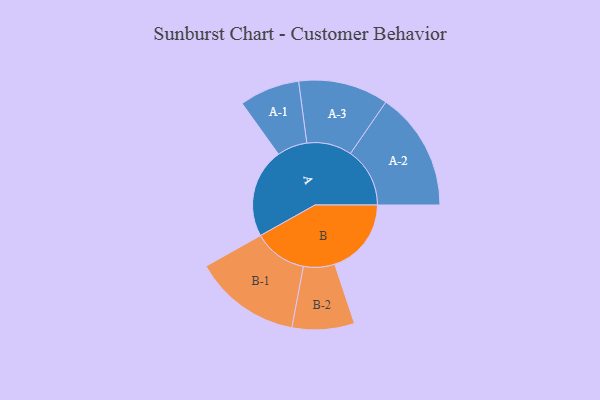
{"axis": {"x": "Segment", "y": "Value"}, "legend": ["", "A", "B"], "data": [{"x": "A", "y": 431, "type": ""}, {"x": "B", "y": 369, "type": ""}, {"x": "A-1", "y": 145, "type": "A"}, {"x": "A-2", "y": 286, "type": "A"}, {"x": "A-3", "y": 217, "type": "A"}, {"x": "B-1", "y": 258, "type": "B"}, {"x": "B-2", "y": 150, "type": "B"}]}